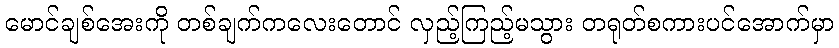
မောင်ချစ်အေးကို တစ်ချက်ကလေးတောင် လှည့်ကြည့်မသွား တရုတ်စကားပင်အောက်မှာ